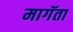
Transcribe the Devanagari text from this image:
मागॅता